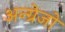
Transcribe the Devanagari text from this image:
अन्ग्रेजो